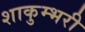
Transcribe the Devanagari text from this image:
शाकुम्भरी